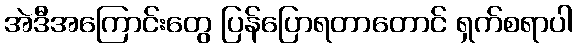
အဲဒီအကြောင်းတွေ ပြန်ပြောရတာတောင် ရှက်စရာပါ